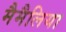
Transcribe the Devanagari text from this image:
मैमैलिया